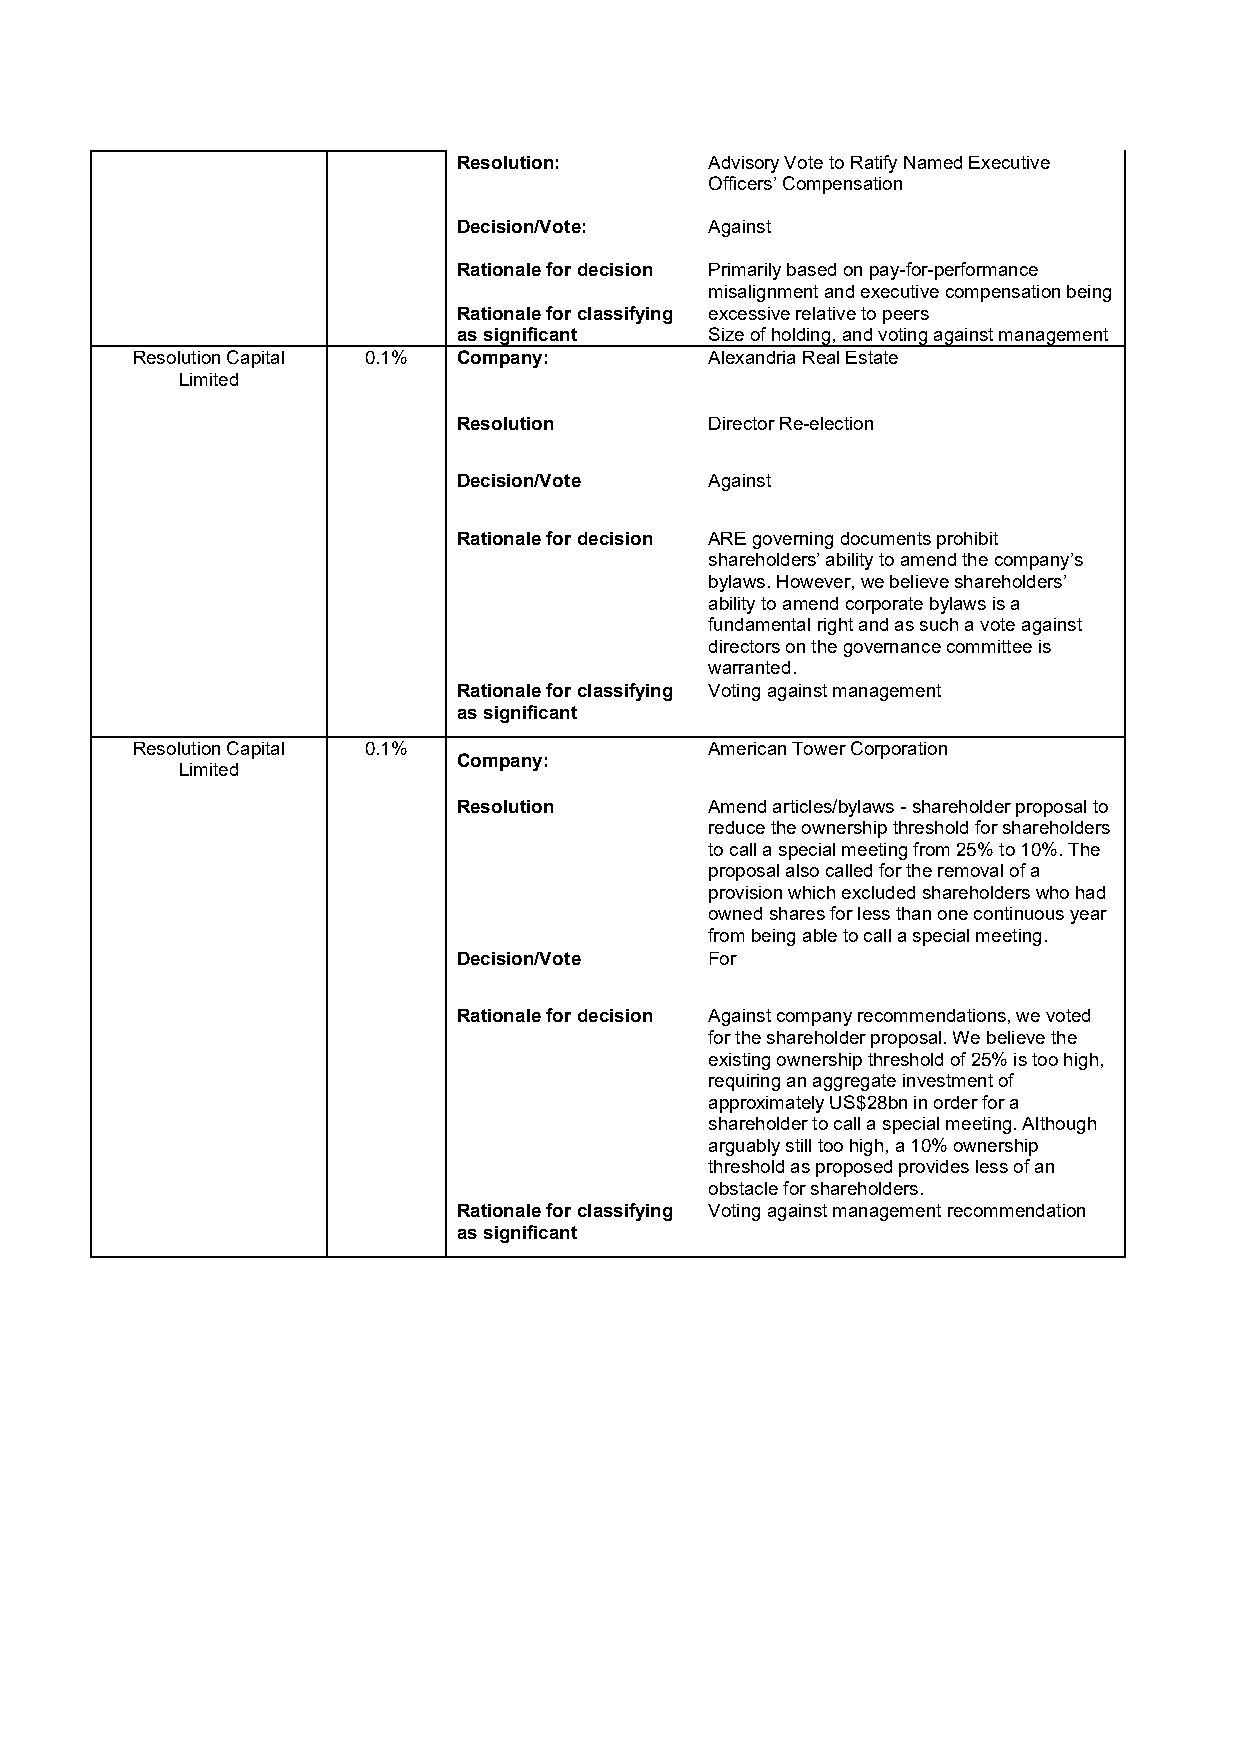
Resolution:      Advisory Vote to Ratify Named Executive
 Officers’ Compensation
 Decision/Vote:   Against
 Rationale for decision Primarily based on pay-for-performance
 misalignment and executive compensation being
 Rationale for classifying excessive relative to peers
 as significant   Size of holding, and voting against management
 Resolution Capital 0.1% Company:      Alexandria Real Estate
 Limited
 Resolution       Director Re-election
 Decision/Vote    Against
 Rationale for decision ARE governing documents prohibit
 shareholders’ ability to amend the company’s
 bylaws. However, we believe shareholders’
 ability to amend corporate bylaws is a
 fundamental right and as such a vote against
 directors on the governance committee is
 warranted.
 Rationale for classifying Voting against management
 as significant
 Resolution Capital 0.1%               American Tower Corporation
 Company:
 Limited
 Resolution       Amend articles/bylaws - shareholder proposal to
 reduce the ownership threshold for shareholders
 to call a special meeting from 25% to 10%. The
 proposal also called for the removal of a
 provision which excluded shareholders who had
 owned shares for less than one continuous year
 from being able to call a special meeting.
 Decision/Vote    For
 Rationale for decision Against company recommendations, we voted
 for the shareholder proposal. We believe the
 existing ownership threshold of 25% is too high,
 requiring an aggregate investment of
 approximately US$28bn in order for a
 shareholder to call a special meeting. Although
 arguably still too high, a 10% ownership
 threshold as proposed provides less of an
 obstacle for shareholders.
 Rationale for classifying Voting against management recommendation
 as significant